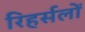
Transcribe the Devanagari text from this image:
रिहर्सलों